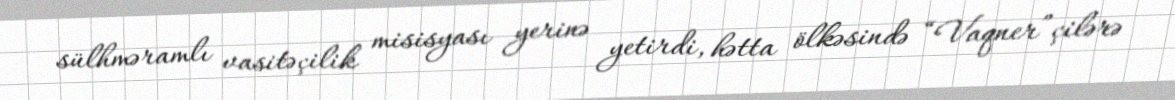
sülhməramlı vasitəçilik misisyası yerinə yetirdi, hətta ölkəsində “Vaqner”çilərə